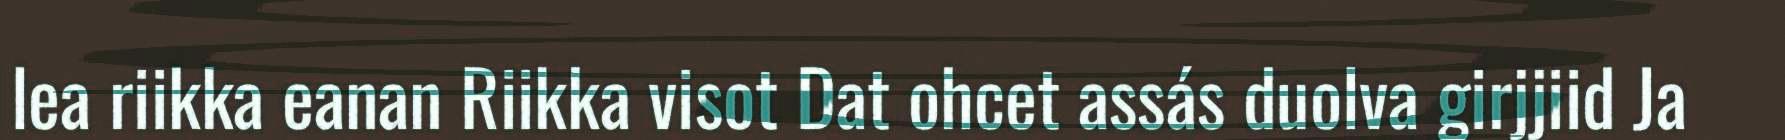
lea riikka eanan Riikka visot Dat ohcet assás duolva girjjiid Ja